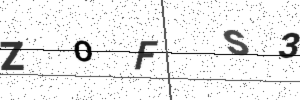
Text: ZOFS3